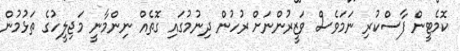
ކޮމެޓީން ފާސްކުރި ނަމަވެސް ވަޒީރުންނަށް ރުހުން ދިނުމުގައި ގޮތެއް ނިންމާނީ މަޖިލީހުގެ ތަޅުމުން